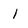
Character: l